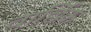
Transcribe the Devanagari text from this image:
वार्छिक